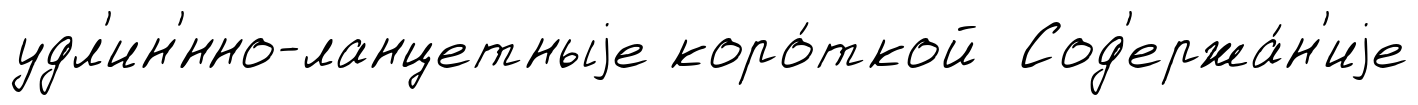
удл'ин'́нно-ланцетныjе коро́ткой Сод'ержа́н'иjе